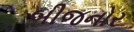
બીજનોર